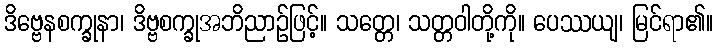
ဒိဗ္ဗေနစက္ခုနာ၊ ဒိဗ္ဗစက္ခုအဘိညာဉ်ဖြင့်။ သတ္တေ၊ သတ္တဝါတို့ကို။ ပေဿယျ၊ မြင်ရာ၏။